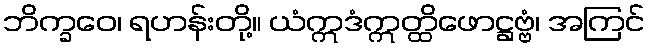
ဘိက္ခဝေ၊ ရဟန်းတို့။ ယံဣဒံဣတ္ထိဖောဋ္ဌဗ္ဗံ၊ အကြင်